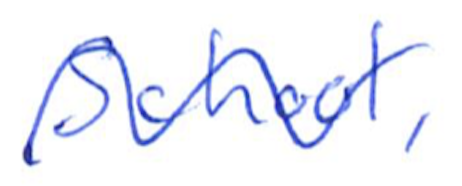
Text: School,
Cross-out: mix
Writing tool: ballpoint